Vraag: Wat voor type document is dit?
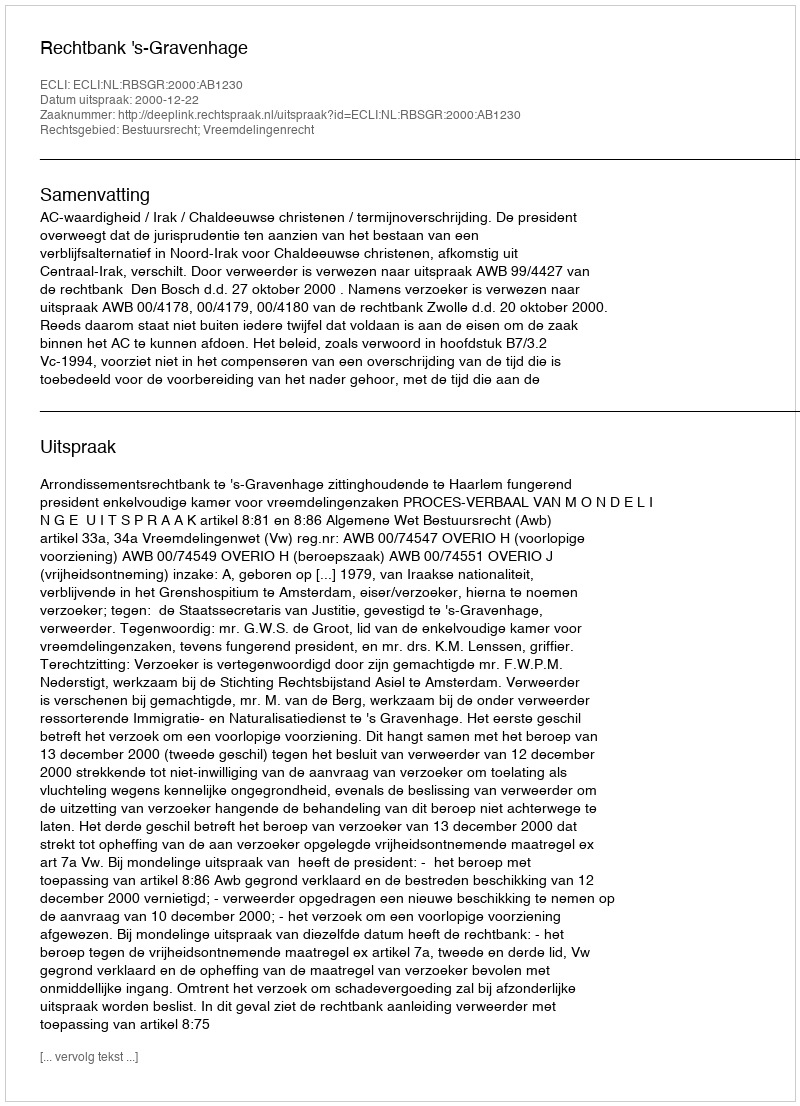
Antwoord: Uitspraak